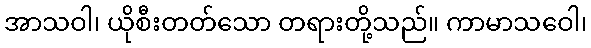
အာသဝါ၊ ယိုစီးတတ်သော တရားတို့သည်။ ကာမာသဝေါ၊